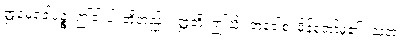
ဣမေခေါပဉ္စ၊ ဤငါးပါးတို့တည်း။ ဣတိ၊ ဤသို့။ အဝေါစ၊ မိန့်တော်မူ၏။ သတံ၊